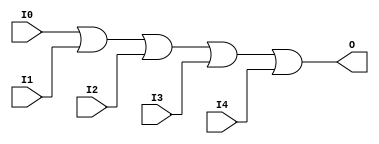
// $Header: /devl/xcs/repo/env/Databases/CAEInterfaces/verunilibs/s/OR5.v,v 1.8.22.1 2003/11/18 20:41:39 wloo Exp $

/*

FUNCTION	: 5-INPUT OR GATE

*/

`timescale  100 ps / 10 ps


module OR5 (O, I0, I1, I2, I3, I4);

    output O;

    input  I0, I1, I2, I3, I4;

    or O1 (O, I0, I1, I2, I3, I4);

    specify
	(I0 *> O) = (0, 0);
	(I1 *> O) = (0, 0);
	(I2 *> O) = (0, 0);
	(I3 *> O) = (0, 0);
	(I4 *> O) = (0, 0);
    endspecify

endmodule